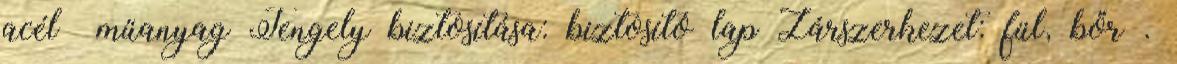
acél műanyag Tengely biztosítása: biztosító lap Zárszerkezet: fül, bőr .